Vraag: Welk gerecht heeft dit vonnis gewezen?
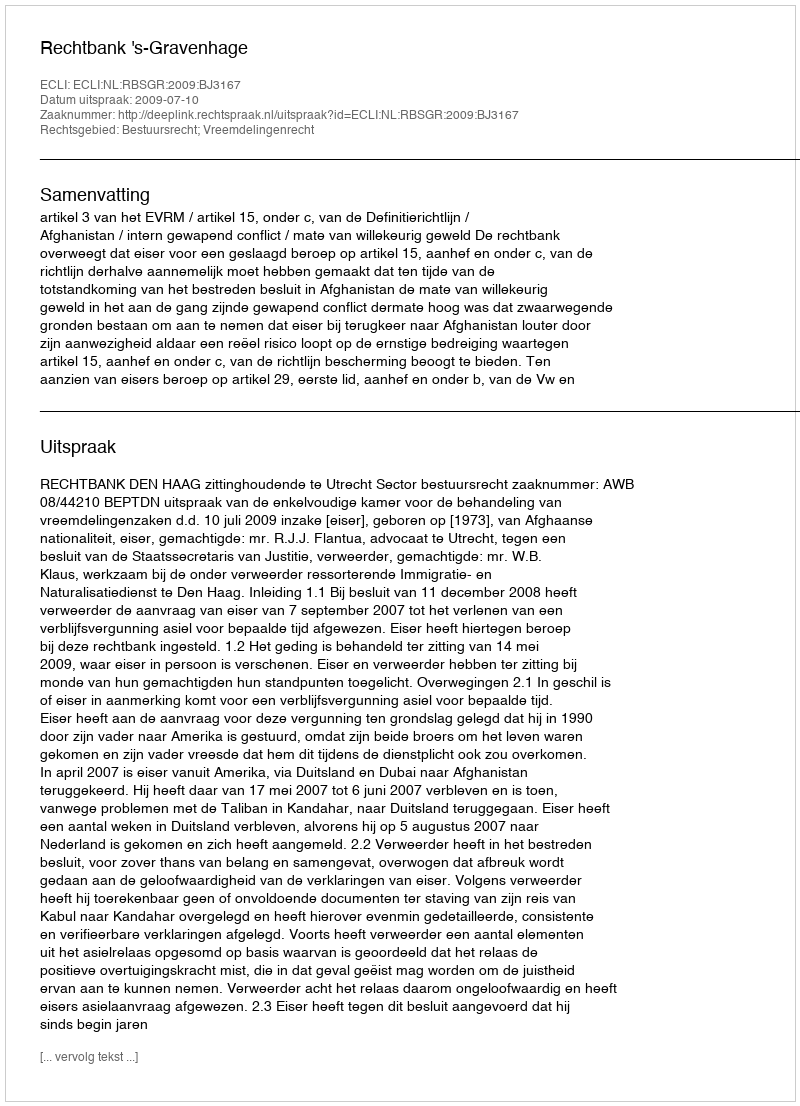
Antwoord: Rechtbank 's-Gravenhage